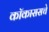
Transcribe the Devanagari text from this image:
कॉकाससचे